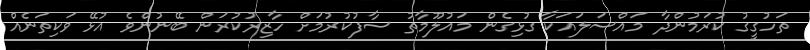
ތަހުގީގު ކުރަމުންދާ މައްސަލައަކާ ގުޅިގެން މައުލޫމާތު ސާފުކުރުމަށް ހާޒިރުކުރަން ބޭނުންވެ އުޅޭ ވަކިތަނެއް